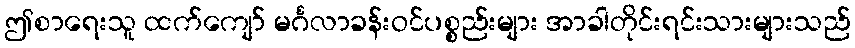
ဤစာရေးသူ ထက်ကျော် မင်္ဂလာခန်းဝင်ပစ္စည်းများ အာခါတိုင်းရင်းသားများသည်